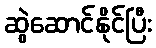
ဆွဲဆောင်နိုင်ပြီး